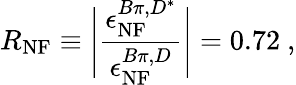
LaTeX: R_{\mathrm{NF}}\equiv\Bigg|\frac{\epsilon_{\mathrm{NF}}^{B\pi,D^{*}}}{\epsilon_{\mathrm{NF}}^{B\pi,D}}\Bigg|=0.72~,